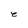
Character: e